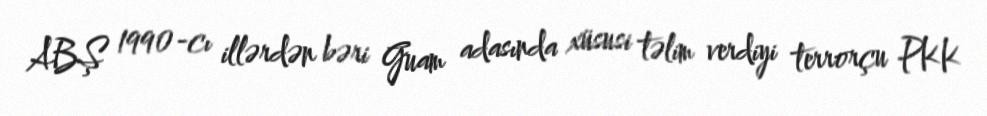
ABŞ 1990-cı illərdən bəri Guam adasında xüsusi təlim verdiyi terrorçu PKK